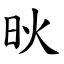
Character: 炚